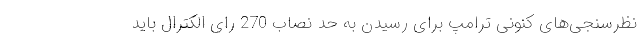
نظرسنجی‌های کنونی ترامپ برای رسیدن به حد نصاب 270 رای الکترال باید